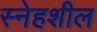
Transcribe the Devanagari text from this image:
स्नेहशील